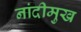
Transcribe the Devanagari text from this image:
नांदीमुख